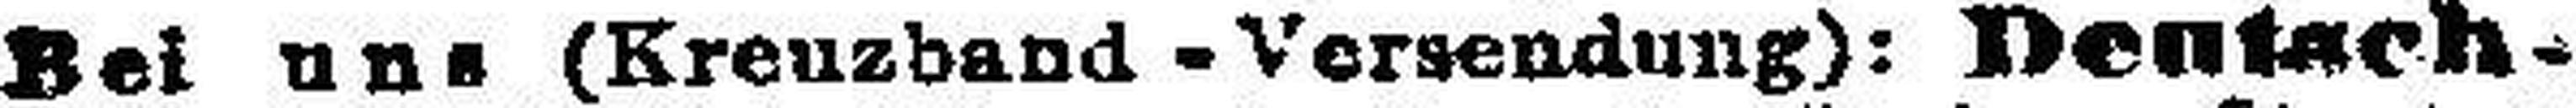
Bei uns (Krenzband-Versendung): Deutsch¬